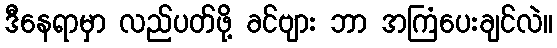
ဒီနေရာမှာ လည်ပတ်ဖို့ ခင်ဗျား ဘာ အကြံပေးချင်လဲ။